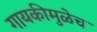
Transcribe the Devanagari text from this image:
गायकीमुळेच